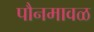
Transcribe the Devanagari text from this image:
पौनमावळ